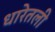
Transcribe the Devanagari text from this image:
धारेतली